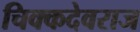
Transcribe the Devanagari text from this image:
चिक्कदेवराज